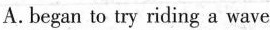
A. began to try riding a wave